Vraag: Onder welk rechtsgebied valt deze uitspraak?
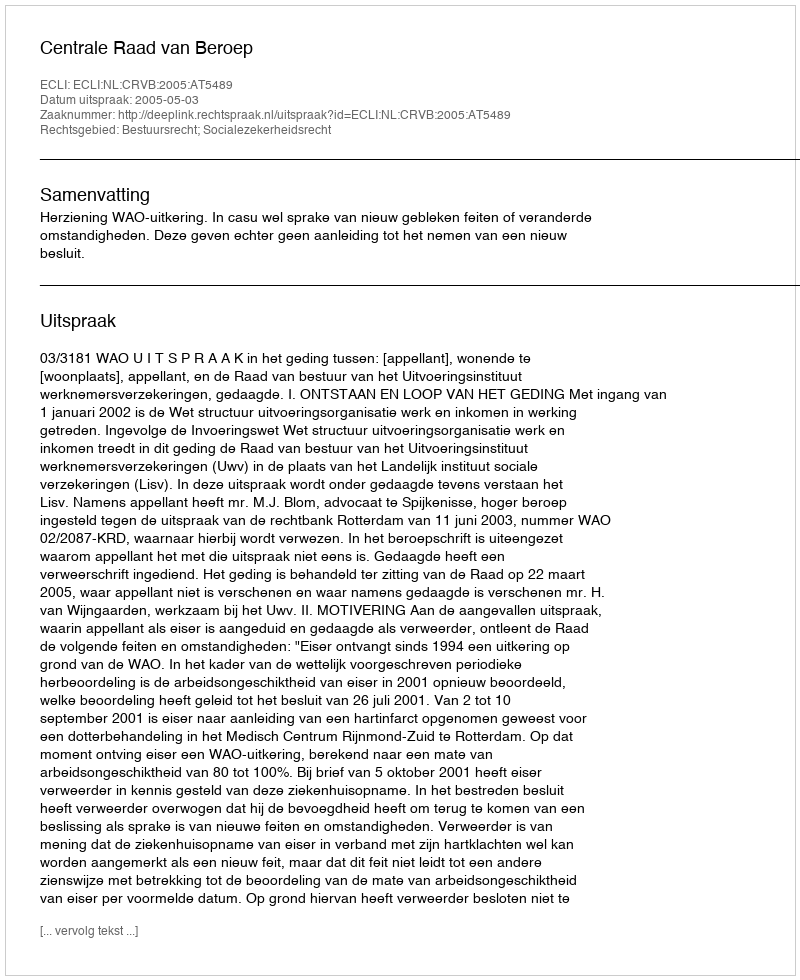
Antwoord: Bestuursrecht; Socialezekerheidsrecht